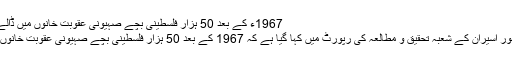
1967ء کے بعد 50 ہزار فلسطینی بچے صہیونی عقوبت خانوں میں ڈالے گئے، رپورٹ
غزہ: فلسطینی امور اسیران کے شعبہ تحقیق و مطالعہ کی رپورٹ میں کہا گیا ہے کہ 1967 کے بعد 50 ہزار فلسطینی بچے صہیونی عقوبت خانوں میں ڈالے گئے۔